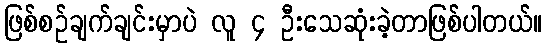
ဖြစ်စဉ်ချက်ချင်းမှာပဲ လူ ၄ ဦးသေဆုံးခဲ့တာဖြစ်ပါတယ်။